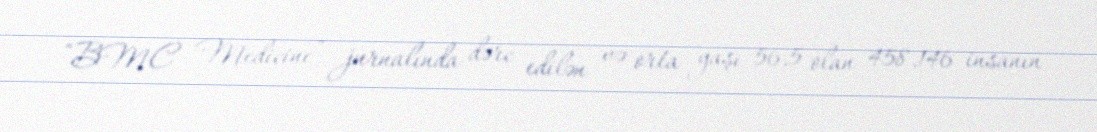
“BMC Medicine” jurnalında dərc edilən və orta yaşı 56,5 olan 458,146 insanın